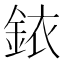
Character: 銥